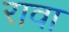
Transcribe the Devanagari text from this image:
रावा